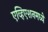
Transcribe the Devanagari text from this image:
एव्हिएशनमध्ये